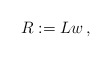
\begin{align*}R:=Lw\,,\end{align*}